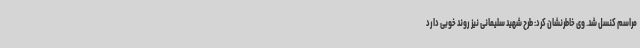
مراسم کنسل شد. وی خاطرنشان کرد: طرح شهید سلیمانی نیز روند خوبی دارد